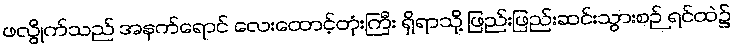
ဖလွိုက်သည် အနက်ရောင် လေးထောင့်တုံးကြီး ရှိရာသို့ ဖြည်းဖြည်းဆင်းသွားစဉ် ရင်ထဲ၌